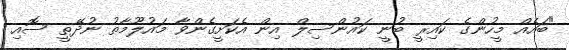
"ބައެެއް މީހުންގެ ކައިރީ ބުނީ ކައުންސިލް އިން އެކަށީގެންވާ މައުލޫމާތު ނުދޭތީ ސޮއި